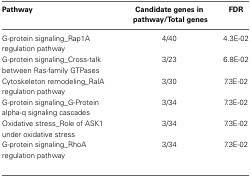
<table><thead><tr><td><b>Pathway</b></td><td><b>Candidate genes in pathway/Total genes</b></td><td><b>FDR</b></td></tr></thead><tbody><tr><td>G-protein signaling_Rap1A regulation pathway</td><td>4/40</td><td>4.3E-02</td></tr><tr><td>G-protein signaling_Cross-talk between Ras-family GTPases</td><td>3/23</td><td>6.8E-02</td></tr><tr><td>Cytoskeleton remodeling_RalA regulation pathway</td><td>3/30</td><td>7.3E-02</td></tr><tr><td>G-protein signaling_G-Protein alpha-q signaling cascades</td><td>3/34</td><td>7.3E-02</td></tr><tr><td>Oxidative stress_Role of ASK1 under oxidative stress</td><td>3/34</td><td>7.3E-02</td></tr><tr><td>G-protein signaling_RhoA regulation pathway</td><td>3/34</td><td>7.3E-02</td></tr></tbody></table>